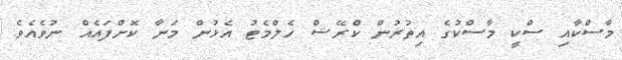
މާސްކާއި ސްކީ މާސްކުގެ އިތުރުން ކްރޭޝް ހެލްމެޓު އެޅުން މަނާ ކޮށްފައެއް ނުވެއެވެ.